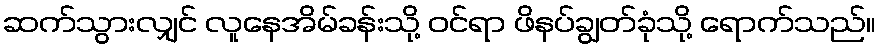
ဆက်သွားလျှင် လူနေအိမ်ခန်းသို့ ဝင်ရာ ဖိနပ်ချွတ်ခုံသို့ ရောက်သည်။